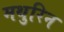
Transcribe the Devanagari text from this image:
मथुरिन